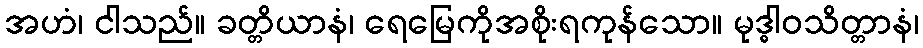
အဟံ၊ ငါသည်။ ခတ္တိယာနံ၊ ရေမြေကိုအစိုးရကုန်သော။ မုဒ္ဓါဝသိတ္တာနံ၊